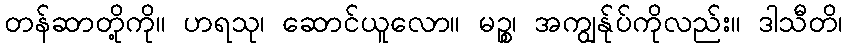
တန်ဆာတို့ကို။ ဟရသု၊ ဆောင်ယူလော။ မဉ္စ၊ အကျွန်ုပ်ကိုလည်း။ ဒါသီတိ၊